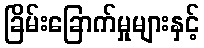
ခြိမ်းခြောက်မှုများနှင့်